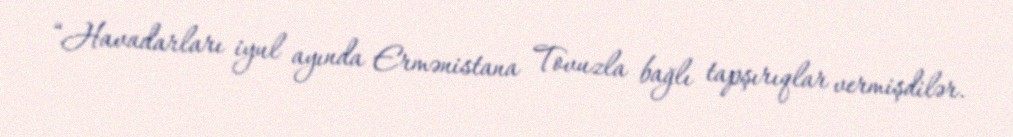
“Havadarları iyul ayında Ermənistana Tovuzla bağlı tapşırıqlar vermişdilər.